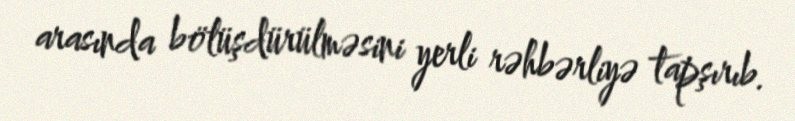
arasında bölüşdürülməsini yerli rəhbərliyə tapşırıb.